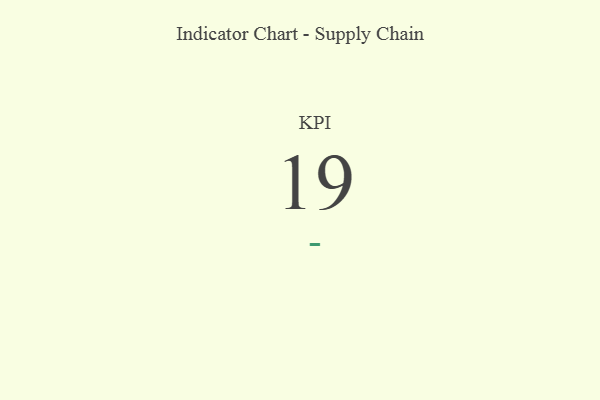
{"axis": {"x": "KPI", "y": "Value"}, "legend": [""], "data": [{"x": "KPI", "y": 19, "type": ""}]}